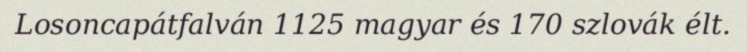
Losoncapátfalván 1125 magyar és 170 szlovák élt.